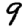
Digit: 9